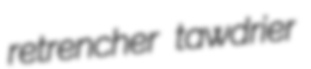
retrencher tawdrier